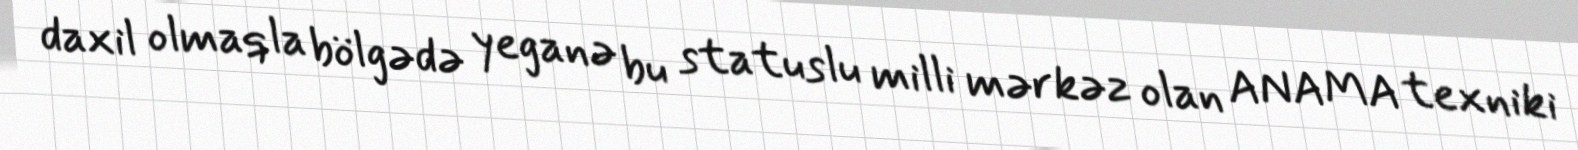
daxil olmaqla bölgədə yeganə bu statuslu milli mərkəz olan ANAMA texniki